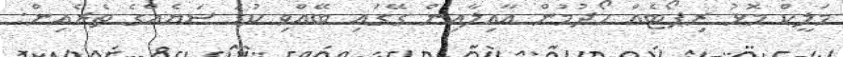
މަލީކް މޮޅު ރިޕޯޓެއް ހޯދުމުން އާއިލާއިން ގޭގައި ބޭއްވި ކުޑަ ސަޔެއްގެ ތެރެއިން: